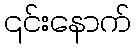
၎င်းနောက်